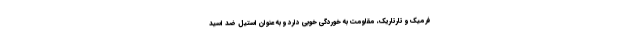
فرمیک و تارتاریک، مقاومت به خوردگی خوبی دارد و به عنوان استیل ضد اسید